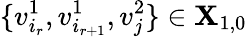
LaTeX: \{ v_{i_{r}}^{1},v_{i_{r+1}}^{1},v_{j}^{2}\} \in\mathbf{X}_{1,0}